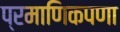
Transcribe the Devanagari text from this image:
प्रमाणिकपणा